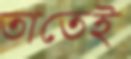
তাতেই